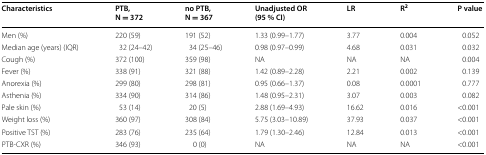
<table><thead><tr><td><b>Characteristics</b></td><td><b>PTB, N = 372</b></td><td><b>no PTB, N = 367</b></td><td><b>Unadjusted OR (95 % CI)</b></td><td><b>LR</b></td><td><b>R<sup>2</sup></b></td><td><b>P value</b></td></tr></thead><tbody><tr><td>Men (%)</td><td>220 (59)</td><td>191 (52)</td><td>1.33 (0.99–1.77)</td><td>3.77</td><td>0.004</td><td>0.052</td></tr><tr><td>Median age (years) (IQR)</td><td>32 (24–42)</td><td>34 (25–46)</td><td>0.98 (0.97–0.99)</td><td>4.68</td><td>0.031</td><td>0.032</td></tr><tr><td>Cough (%)</td><td>372 (100)</td><td>359 (98)</td><td>NA</td><td>NA</td><td>NA</td><td>0.004</td></tr><tr><td>Fever (%)</td><td>338 (91)</td><td>321 (88)</td><td>1.42 (0.89–2.28)</td><td>2.21</td><td>0.002</td><td>0.139</td></tr><tr><td>Anorexia (%)</td><td>299 (80)</td><td>298 (81)</td><td>0.95 (0.66–1.37)</td><td>0.08</td><td>0.0001</td><td>0.777</td></tr><tr><td>Asthenia (%)</td><td>334 (90)</td><td>314 (86)</td><td>1.48 (0.95–2.31)</td><td>3.07</td><td>0.003</td><td>0.082</td></tr><tr><td>Pale skin (%)</td><td>53 (14)</td><td>20 (5)</td><td>2.88 (1.69–4.93)</td><td>16.62</td><td>0.016</td><td>&lt;0.001</td></tr><tr><td>Weight loss (%)</td><td>360 (97)</td><td>308 (84)</td><td>5.75 (3.03–10.89)</td><td>37.93</td><td>0.037</td><td>&lt;0.001</td></tr><tr><td>Positive TST (%)</td><td>283 (76)</td><td>235 (64)</td><td>1.79 (1.30–2.46)</td><td>12.84</td><td>0.013</td><td>&lt;0.001</td></tr><tr><td>PTB-CXR (%)</td><td>346 (93)</td><td>0 (0)</td><td>NA</td><td>NA</td><td>NA</td><td>&lt;0.001</td></tr></tbody></table>